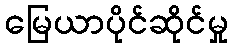
မြေယာပိုင်ဆိုင်မှု